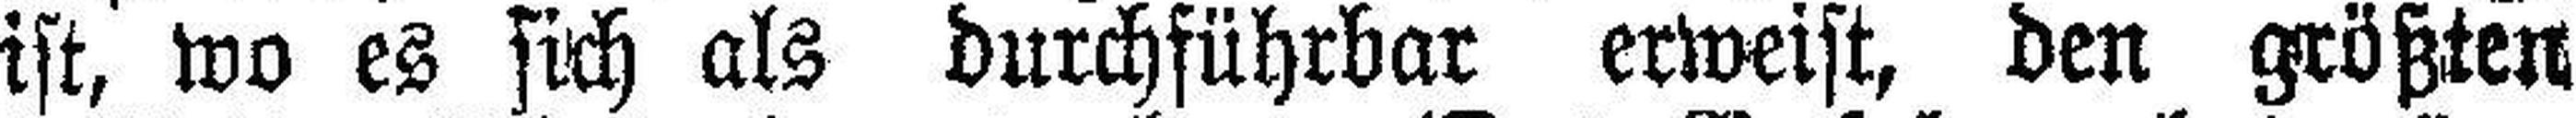
ist, wo es sich als durchführbar erweist, den größten